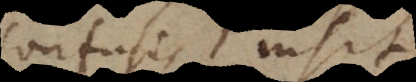
confusis insit,